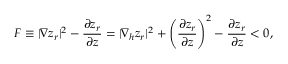
{ \cal F } \equiv | \nabla z _ { r } | ^ { 2 } - \frac { \partial z _ { r } } { \partial z } = | \nabla _ { h } z _ { r } | ^ { 2 } + \left( \frac { \partial z _ { r } } { \partial z } \right) ^ { 2 } - \frac { \partial z _ { r } } { \partial z } < 0 ,